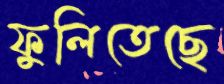
ফুলিতেছে